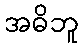
အဓိဘူ